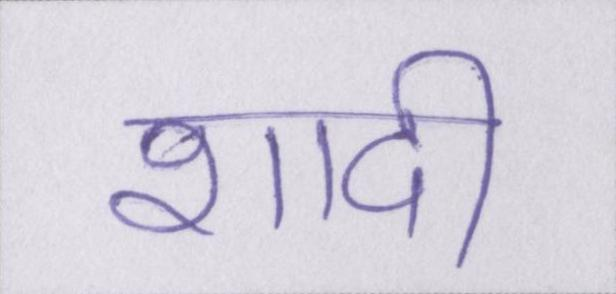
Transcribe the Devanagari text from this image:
शादी